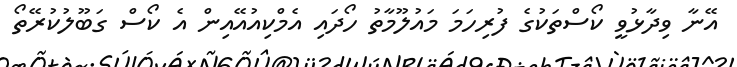
އޭނާ ވިދާޅުވީ ކޯސްތަކުގެ ފުރިހަމަ މައުލޫމާތު ހޯދައި އެމްކިއުއޭއިން އެ ކޯސް ގަބޫލުކުރޭތޯ